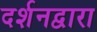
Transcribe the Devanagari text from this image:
दर्शनद्वारा